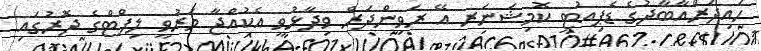
ހައިދަރްއާބާދުގެ ޑެޕިއުޓީ ކޮމިޝަނަރ އޭ ރަވިންދަރް ވިދާޅުވީ އެކުއްޖާ މަރުވީ ލިފްޓްގެ ދޮރުގައި